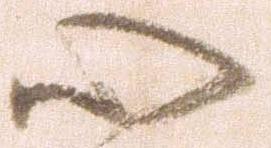
心